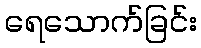
ရေသောက်ခြင်း